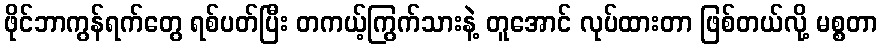
ဖိုင်ဘာကွန်ရက်တွေ ရစ်ပတ်ပြီး တကယ့်ကြွက်သားနဲ့ တူအောင် လုပ်ထားတာ ဖြစ်တယ်လို့ မစ္စတာ